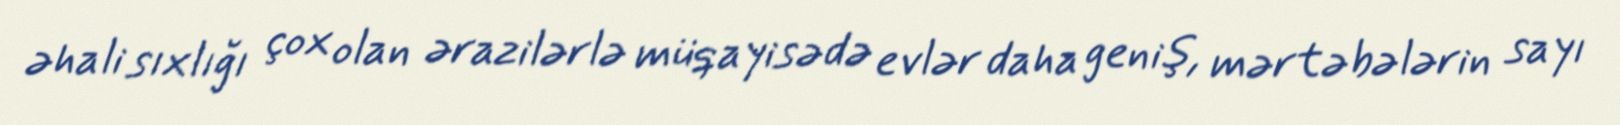
əhali sıxlığı çox olan ərazilərlə müqayisədə evlər daha geniş, mərtəbələrin sayı